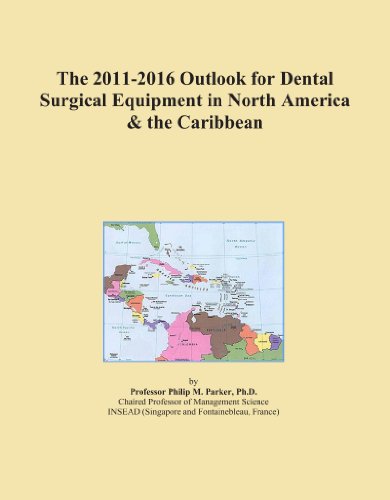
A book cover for The 2011-2016 Outlook for Dental Surgical Equipment in North America & the Caribbean; Icon Group International; Medical Books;